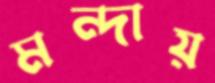
মন্দায়